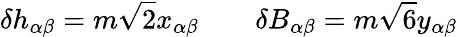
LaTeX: \delta h_{\alpha\beta}=m\sqrt{2}x_{\alpha\beta}\qquad\delta B_{\alpha\beta}=m\sqrt{6}y_{\alpha\beta}